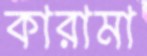
কারামা